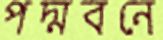
পদ্মবনে